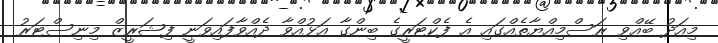
މިއަދު ބޭއްވި ރަސްމިއްޔާތެއްގައި އެ ފެކްޓަރީގެ ބިންގާ އަޅުއްވާ ދެއްވާފައިވަނީ ފިޝަރީޒް މިނިސްޓަރު